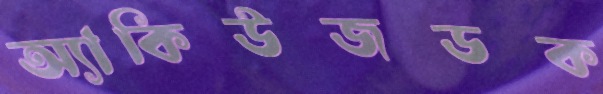
অ্যাকিউজডক